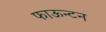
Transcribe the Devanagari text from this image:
फाऊन्टन